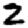
Digit: 2